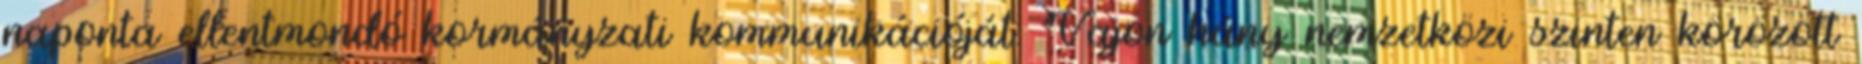
naponta ellentmondó kormányzati kommunikációját. Vajon hány nemzetközi szinten körözött